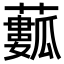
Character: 𧁾